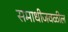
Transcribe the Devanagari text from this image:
समाधीजवळील